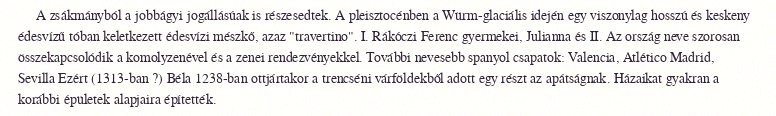
A zsákmányból a jobbágyi jogállásúak is részesedtek. A pleisztocénben a Würm-glaciális idején egy viszonylag hosszú és keskeny édesvízű tóban keletkezett édesvízi mészkő, azaz "travertino". I. Rákóczi Ferenc gyermekei, Julianna és II. Az ország neve szorosan összekapcsolódik a komolyzenével és a zenei rendezvényekkel. További nevesebb spanyol csapatok: Valencia, Atlético Madrid, Sevilla Ezért (1313-ban ?) Béla 1238-ban ottjártakor a trencséni várföldekből adott egy részt az apátságnak. Házaikat gyakran a korábbi épületek alapjaira építették.